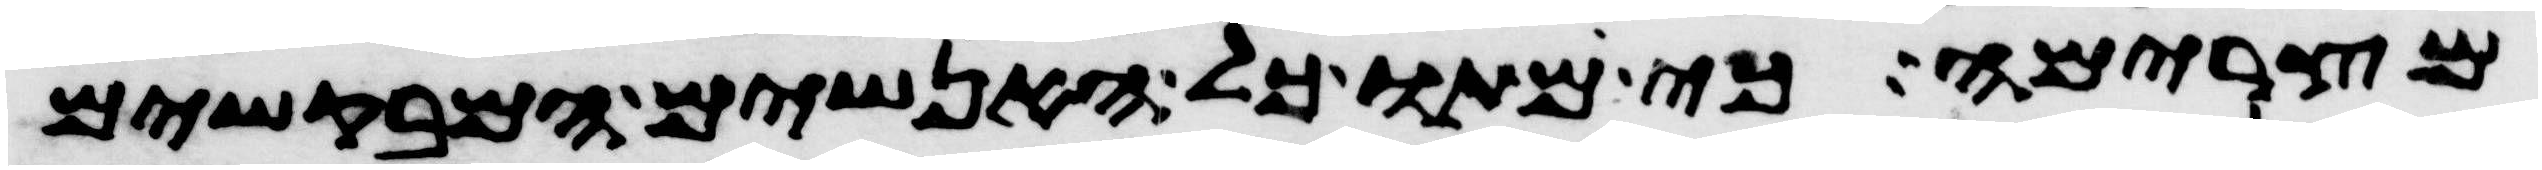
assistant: מצרימה כי מתו כל האנשים המבקשים